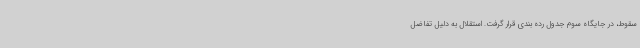
سقوط، در جایگاه سوم جدول رده بندی قرار گرفت. استقلال به دلیل تفاضل